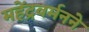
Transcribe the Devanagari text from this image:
महेंद्रवर्मनने